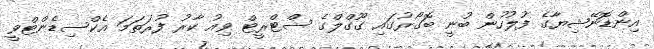
އިންޑޮނޭޝިޔާގެ ފުލުހުން ބުނީ ބޮގޯރުގައި ގޫގްލްގެ ސްޓްރީޓް ވިއު ކާރު ފުރަތަމަ އެކްސިޑެންޓްވީ